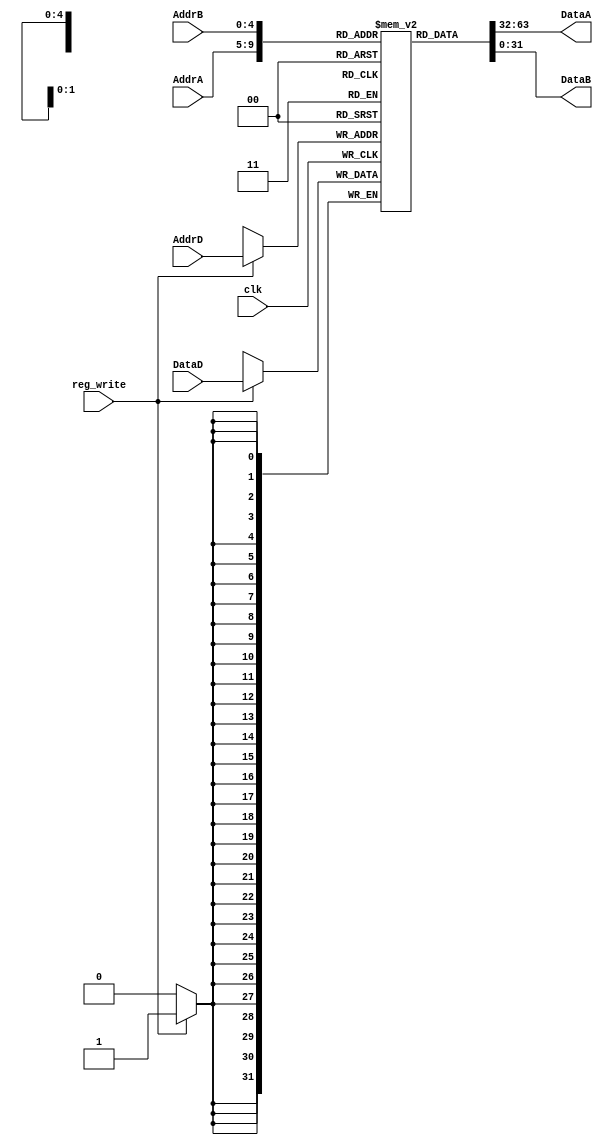
module Reg_file  #(

        parameter WIDTH=32, 
        parameter DEPTH=32
) 
(
     input clk,
     input reg_write,
     input [4:0] AddrD, 
     input [4:0] AddrA,
     input [4:0] AddrB,
     input [WIDTH-1:0] DataD,
     output  [WIDTH-1:0] DataA,
     output  [WIDTH-1:0] DataB
);

reg [WIDTH-1:0] regfile [DEPTH-1:0];

integer i;
initial begin
    for (i=0;i<DEPTH;i=i+1) begin
        regfile[i]<=32'h00000;
    end
end

always @(posedge clk) begin
    if (reg_write==1) begin
        regfile[AddrD]<=DataD;
    end
end

assign DataA=regfile[AddrA];
assign DataB=regfile[AddrB];

endmodule //Reg_file